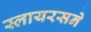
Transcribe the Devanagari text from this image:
स्लायरसने